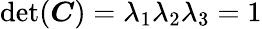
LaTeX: \operatorname*{det}(\boldsymbol{C})=\lambda_{1}\lambda_{2}\lambda_{3}=1